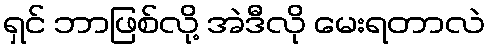
ရှင် ဘာဖြစ်လို့ အဲဒီလို မေးရတာလဲ